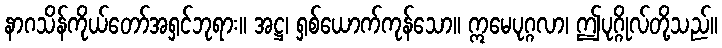
နာဂသိန်ကိုယ်တော်အရှင်ဘုရား။ အဋ္ဌ၊ ရှစ်ယောက်ကုန်သော။ ဣမေပုဂ္ဂလာ၊ ဤပုဂ္ဂိုလ်တို့သည်။